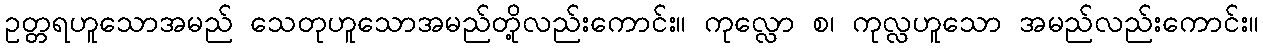
ဥတ္တရဟူသောအမည် သေတုဟူသောအမည်တို့လည်းကောင်း။ ကုလ္လော စ၊ ကုလ္လဟူသော အမည်လည်းကောင်း။